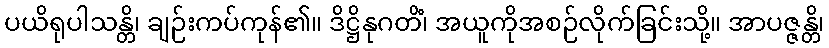
ပယိရုပါသန္တိ၊ ချဉ်းကပ်ကုန်၏။ ဒိဋ္ဌိနုဂတိံ၊ အယူကိုအစဉ်လိုက်ခြင်းသို့။ အာပဇ္ဇန္တိ၊